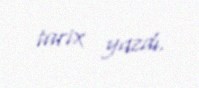
tarix yazdı.